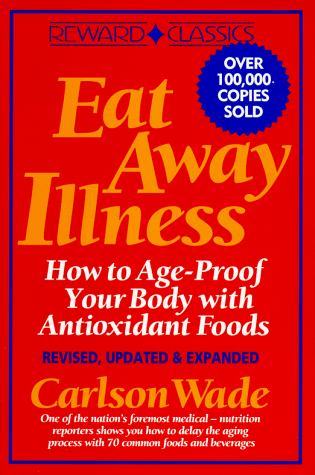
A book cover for Eat Away Illness: How to Age-Proof Your Body With Antioxidant Foods; Carlson Wade; Health, Fitness & Dieting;